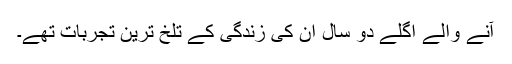
آنے والے اگلے دو سال ان کی زندگی کے تلخ ترین تجربات تھے۔